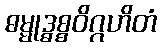
ဓမ္မုဒ္ဓစ္စဝိဂ္ဂဟိတံ